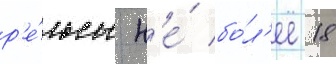
р'е́льсы н'е́ бо́л'ее 18